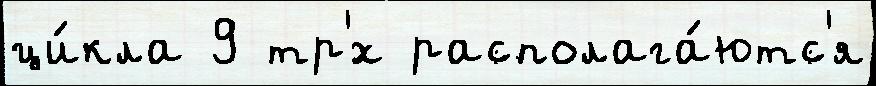
ци́кла 9 тр'́х располага́ютс'я